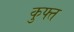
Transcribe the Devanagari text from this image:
कुफ्त